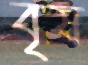
বৃষ